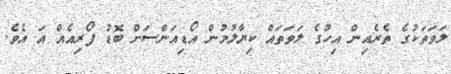
ލަވަަތަކުގެ ތެރެއިން އިހުގެ ލަވަތައް ކިޔާލުމުން އޯޑިއަންސަށް ބޮޑު ފޯރިއެއް އަ އެވެ.